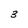
Character: 3